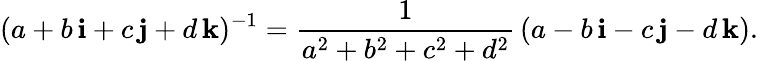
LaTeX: (a+b\, \mathbf{i}+c\, \mathbf{j}+d\, \mathbf{k})^{-1}={\frac{1}{a^{2}+b^{2}+c^{2}+d^{2}}}\, (a-b\, \mathbf{i}-c\, \mathbf{j}-d\, \mathbf{k}).